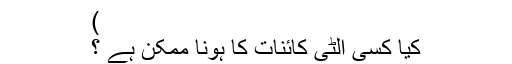
)
کیا کسی الٹی کائنات کا ہونا ممکن ہے ؟